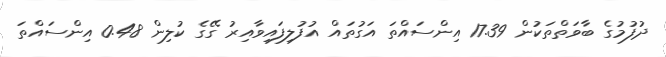
ދުފުމުގެ ބާވަތްތަކުން 17.39 އިންސައްތަ އަގުތައް އުފުލިފައިވާއިރު ގޭގެ ކުލިން 0.48 އިންސައްތަ